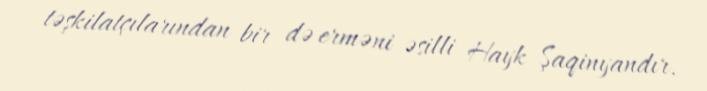
təşkilatçılarından bir də erməni əsilli Hayk Şaqinyandır.